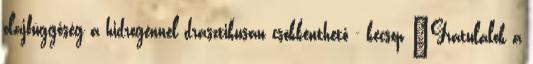
olajfüggőség a hidrogénnel drasztikusan csökkenthető - kecsop "Gratulálok a